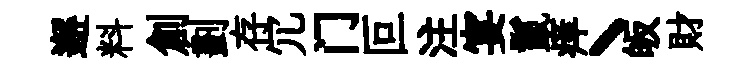
邂料創劃存冗门叵注宴鬣痒丶皈財